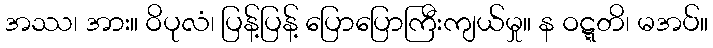
အဿ၊ အား။ ဝိပုလံ၊ ပြန့်ပြန့် ပြောပြောကြီးကျယ်မှု။ န ဝဋ္ဋတိ၊ မအပ်။